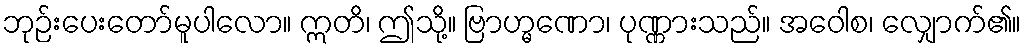
ဘုဉ်းပေးတော်မူပါလော။ ဣတိ၊ ဤသို့။ ဗြာဟ္မဏော၊ ပုဏ္ဏားသည်။ အဝေါစ၊ လျှောက်၏။